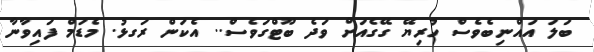
ބަލަ އައްނިބެވެސް ހުރިޔޭ ގޭގެއަށް ވަދެ ބޫޓްގަވެސް.. އެކަން ރަގޅު. މެޑަމް ފައިވާނާ